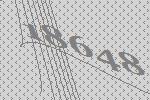
18648